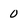
Character: 0